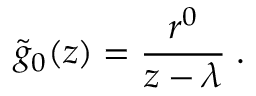
\tilde { g } _ { 0 } ( z ) = { \frac { r ^ { 0 } } { z - \lambda } } \; .